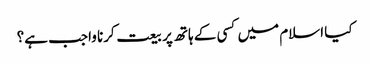
کیا اسلام میں کسی کے ہاتھ پر بیعت کرنا واجب ہے؟